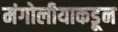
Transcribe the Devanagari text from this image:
मंगोलीयाकडून